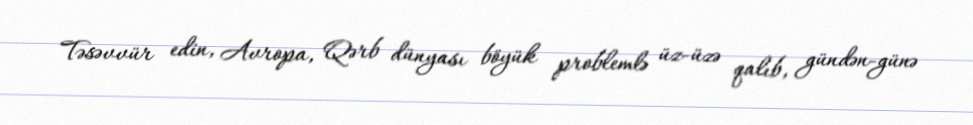
Təsəvvür edin, Avropa, Qərb dünyası böyük problemlə üz-üzə qalıb, gündən-günə